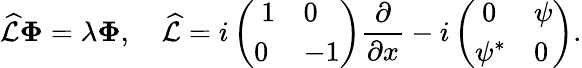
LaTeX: \widehat{\mathcal{L}}\mathbf{\Phi}=\lambda\mathbf{\Phi},\quad\widehat{\mathcal{L}}=i\left(\begin{array}{ll}{\ 1}&{0}\\ {0}&{-1}\end{array}\right)\frac{\partial}{\partial x}-i\left(\begin{array}{ll}{\ 0}&{\psi}\\ {\psi^{*}}&{0}\end{array}\right).